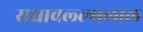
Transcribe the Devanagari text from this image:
राधावल्ल्भलाल